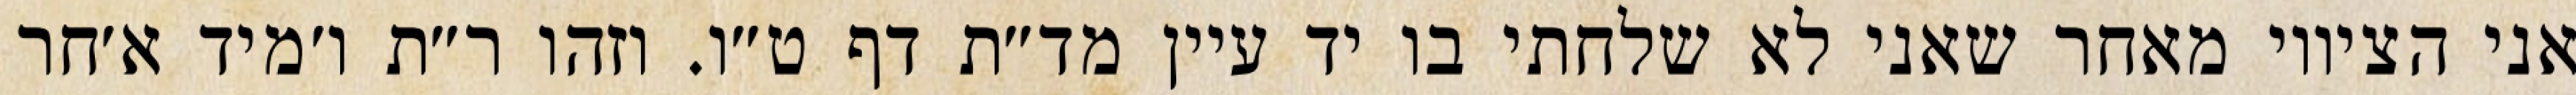
אני הציווי מאחר שאני לא שלחתי בו יד עיין מד״ת דף ט״ו. וזהו ר״ת ו׳מיד א׳חר